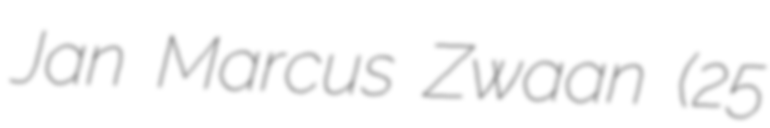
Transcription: Jan Marcus Zwaan (25